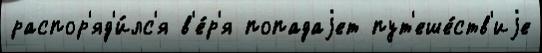
распор'яд'и́лс'я в'е́р'я попадаjет пут'еше́ств'иjе